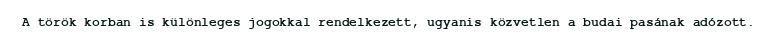
A török korban is különleges jogokkal rendelkezett, ugyanis közvetlen a budai pasának adózott.